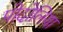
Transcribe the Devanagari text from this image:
पोदोलिया